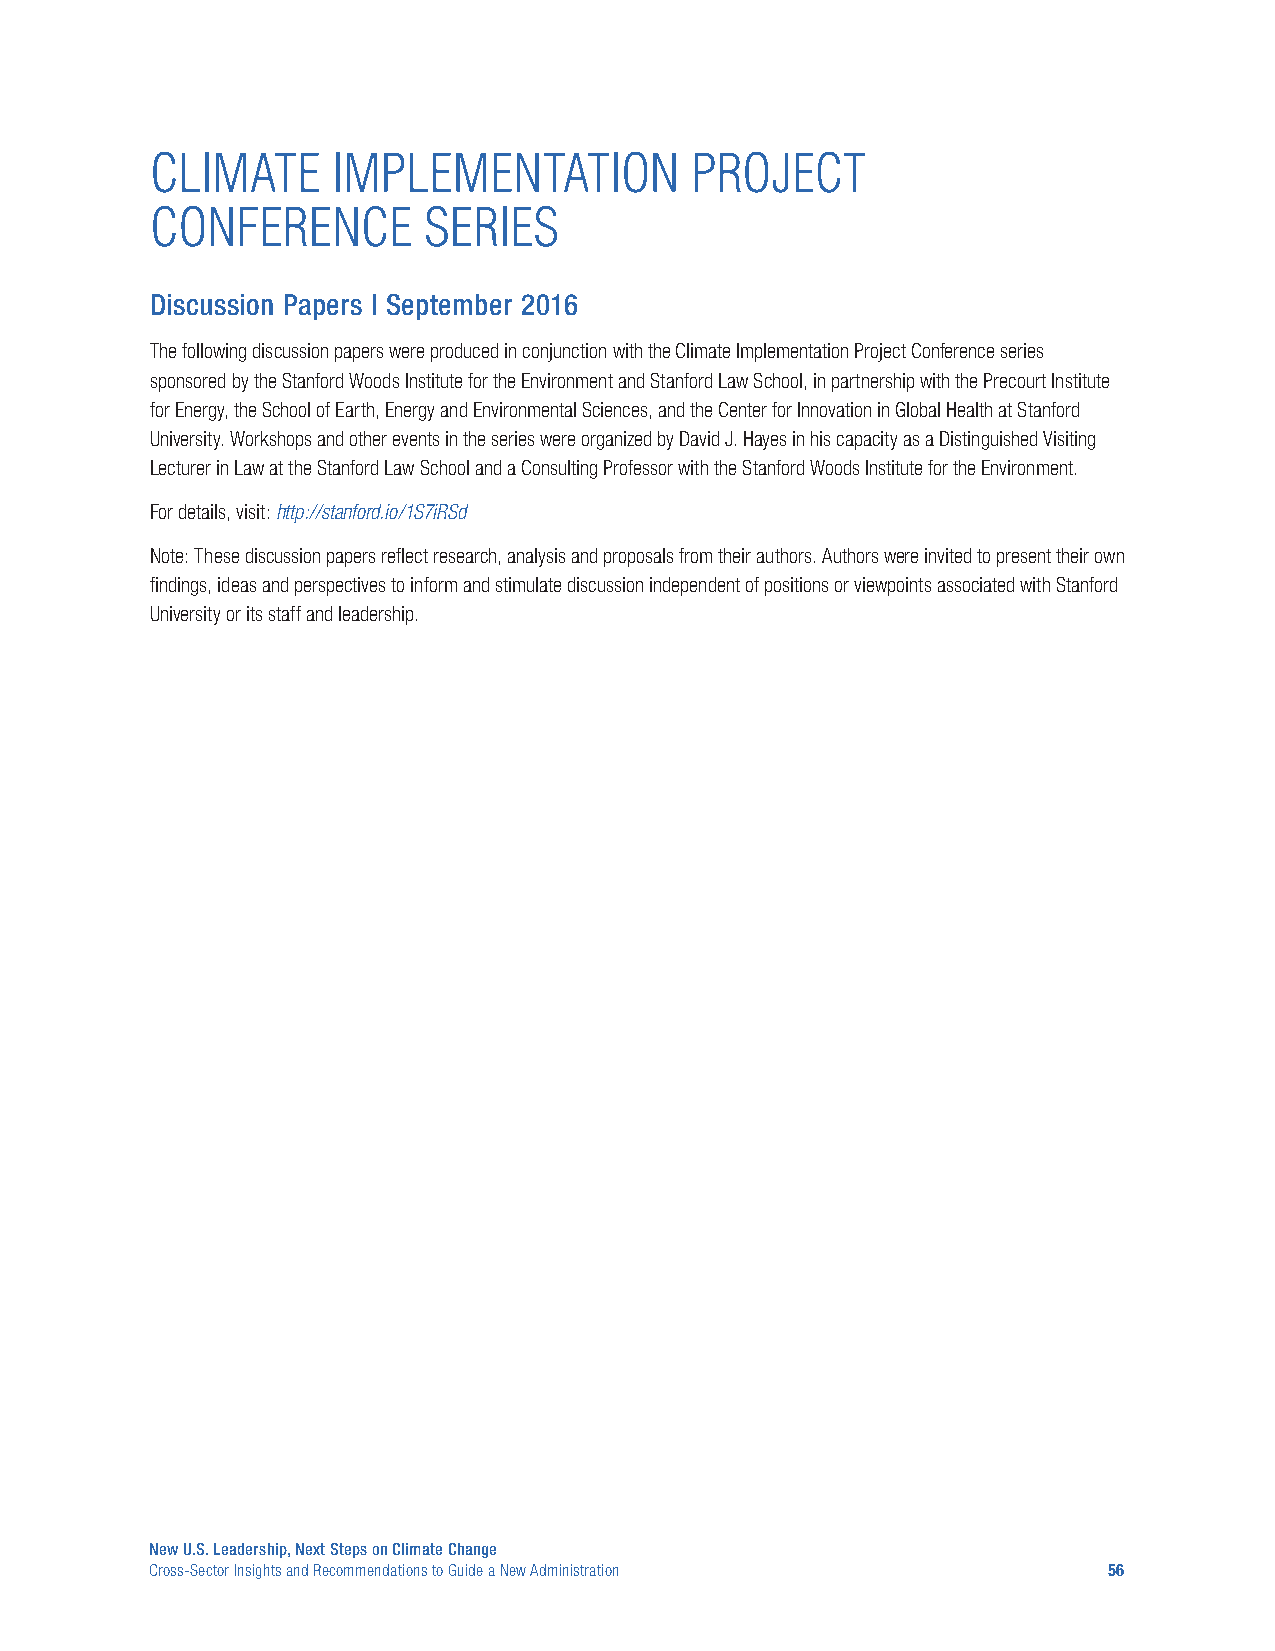
CLIMATE     IMPLEMENTATION          PROJECT
 CONFERENCE        SERIES
 Discussion Papers | September 2016
 The following discussion papers were produced in conjunction with the Climate Implementation Project Conference series
 sponsored by the Stanford Woods Institute for the Environment and Stanford Law School, in partnership with the Precourt Institute
 for Energy, the School of Earth, Energy and Environmental Sciences, and the Center for Innovation in Global Health at Stanford
 University. Workshops and other events in the series were organized by David J. Hayes in his capacity as a Distinguished Visiting
 Lecturer in Law at the Stanford Law School and a Consulting Professor with the Stanford Woods Institute for the Environment.
 For details, visit: http://stanford.io/1S7iRSd
 Note: These discussion papers reflect research, analysis and proposals from their authors. Authors were invited to present their own
 findings, ideas and perspectives to inform and stimulate discussion independent of positions or viewpoints associated with Stanford
 University or its staff and leadership.
 New U.S. Leadership, Next Steps on Climate Change
 Cross-Sector Insights and Recommendations to Guide a New Administration 56